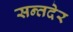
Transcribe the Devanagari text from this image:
सन्तदेर